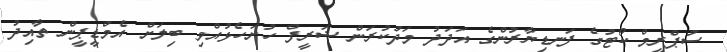
ސުޕްރީމް ކޯޓުގެ ފަނޑިޔާރުންގެ އަދަދު މަދުކުރަން ޝަރީފް ހުށަހެޅުއްވި ބިލަށް އެމްޑީޕީން ތާއިދު